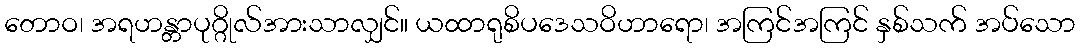
တောဝ၊ အရဟန္တာပုဂ္ဂိုလ်အားသာလျှင်။ ယထာရုစိပဒေသဝိဟာရော၊ အကြင်အကြင် နှစ်သက် အပ်သော